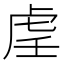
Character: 𫊟